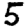
Digit: 5